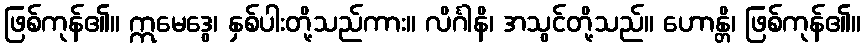
ဖြစ်ကုန်၏။ ဣမေဒွေ၊ နှစ်ပါးတို့သည်ကား။ လိင်္ဂါနိ၊ အသွင်တို့သည်။ ဟောန္တိ၊ ဖြစ်ကုန်၏။